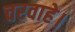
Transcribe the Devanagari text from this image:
चरवाहे।